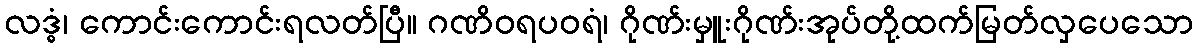
လဒ္ဓံ၊ ကောင်းကောင်းရလတ်ပြီ။ ဂဏိဝရပဝရံ၊ ဂိုဏ်းမှူးဂိုဏ်းအုပ်တို့ထက်မြတ်လှပေသော